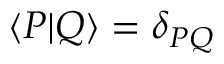
\langle P | Q \rangle = \delta _ { P Q }